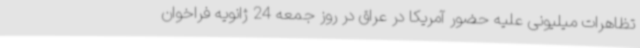
تظاهرات میلیونی علیه حضور آمریکا در عراق در روز جمعه 24 ژانویه فراخوان